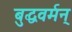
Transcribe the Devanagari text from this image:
बुद्धवर्मन्